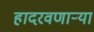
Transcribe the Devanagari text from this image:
हादरवणार्‍या